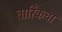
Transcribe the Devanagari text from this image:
तारिकचा